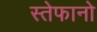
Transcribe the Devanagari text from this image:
स्तेफानो